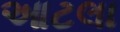
આટલા